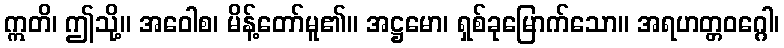
ဣတိ၊ ဤသို့။ အဝေါစ၊ မိန့်တော်မူ၏။ အဋ္ဌမော၊ ရှစ်ခုမြောက်သော။ အရဟတ္တဝဂ္ဂေါ၊